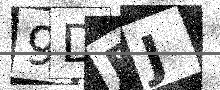
Text: 9DFJ